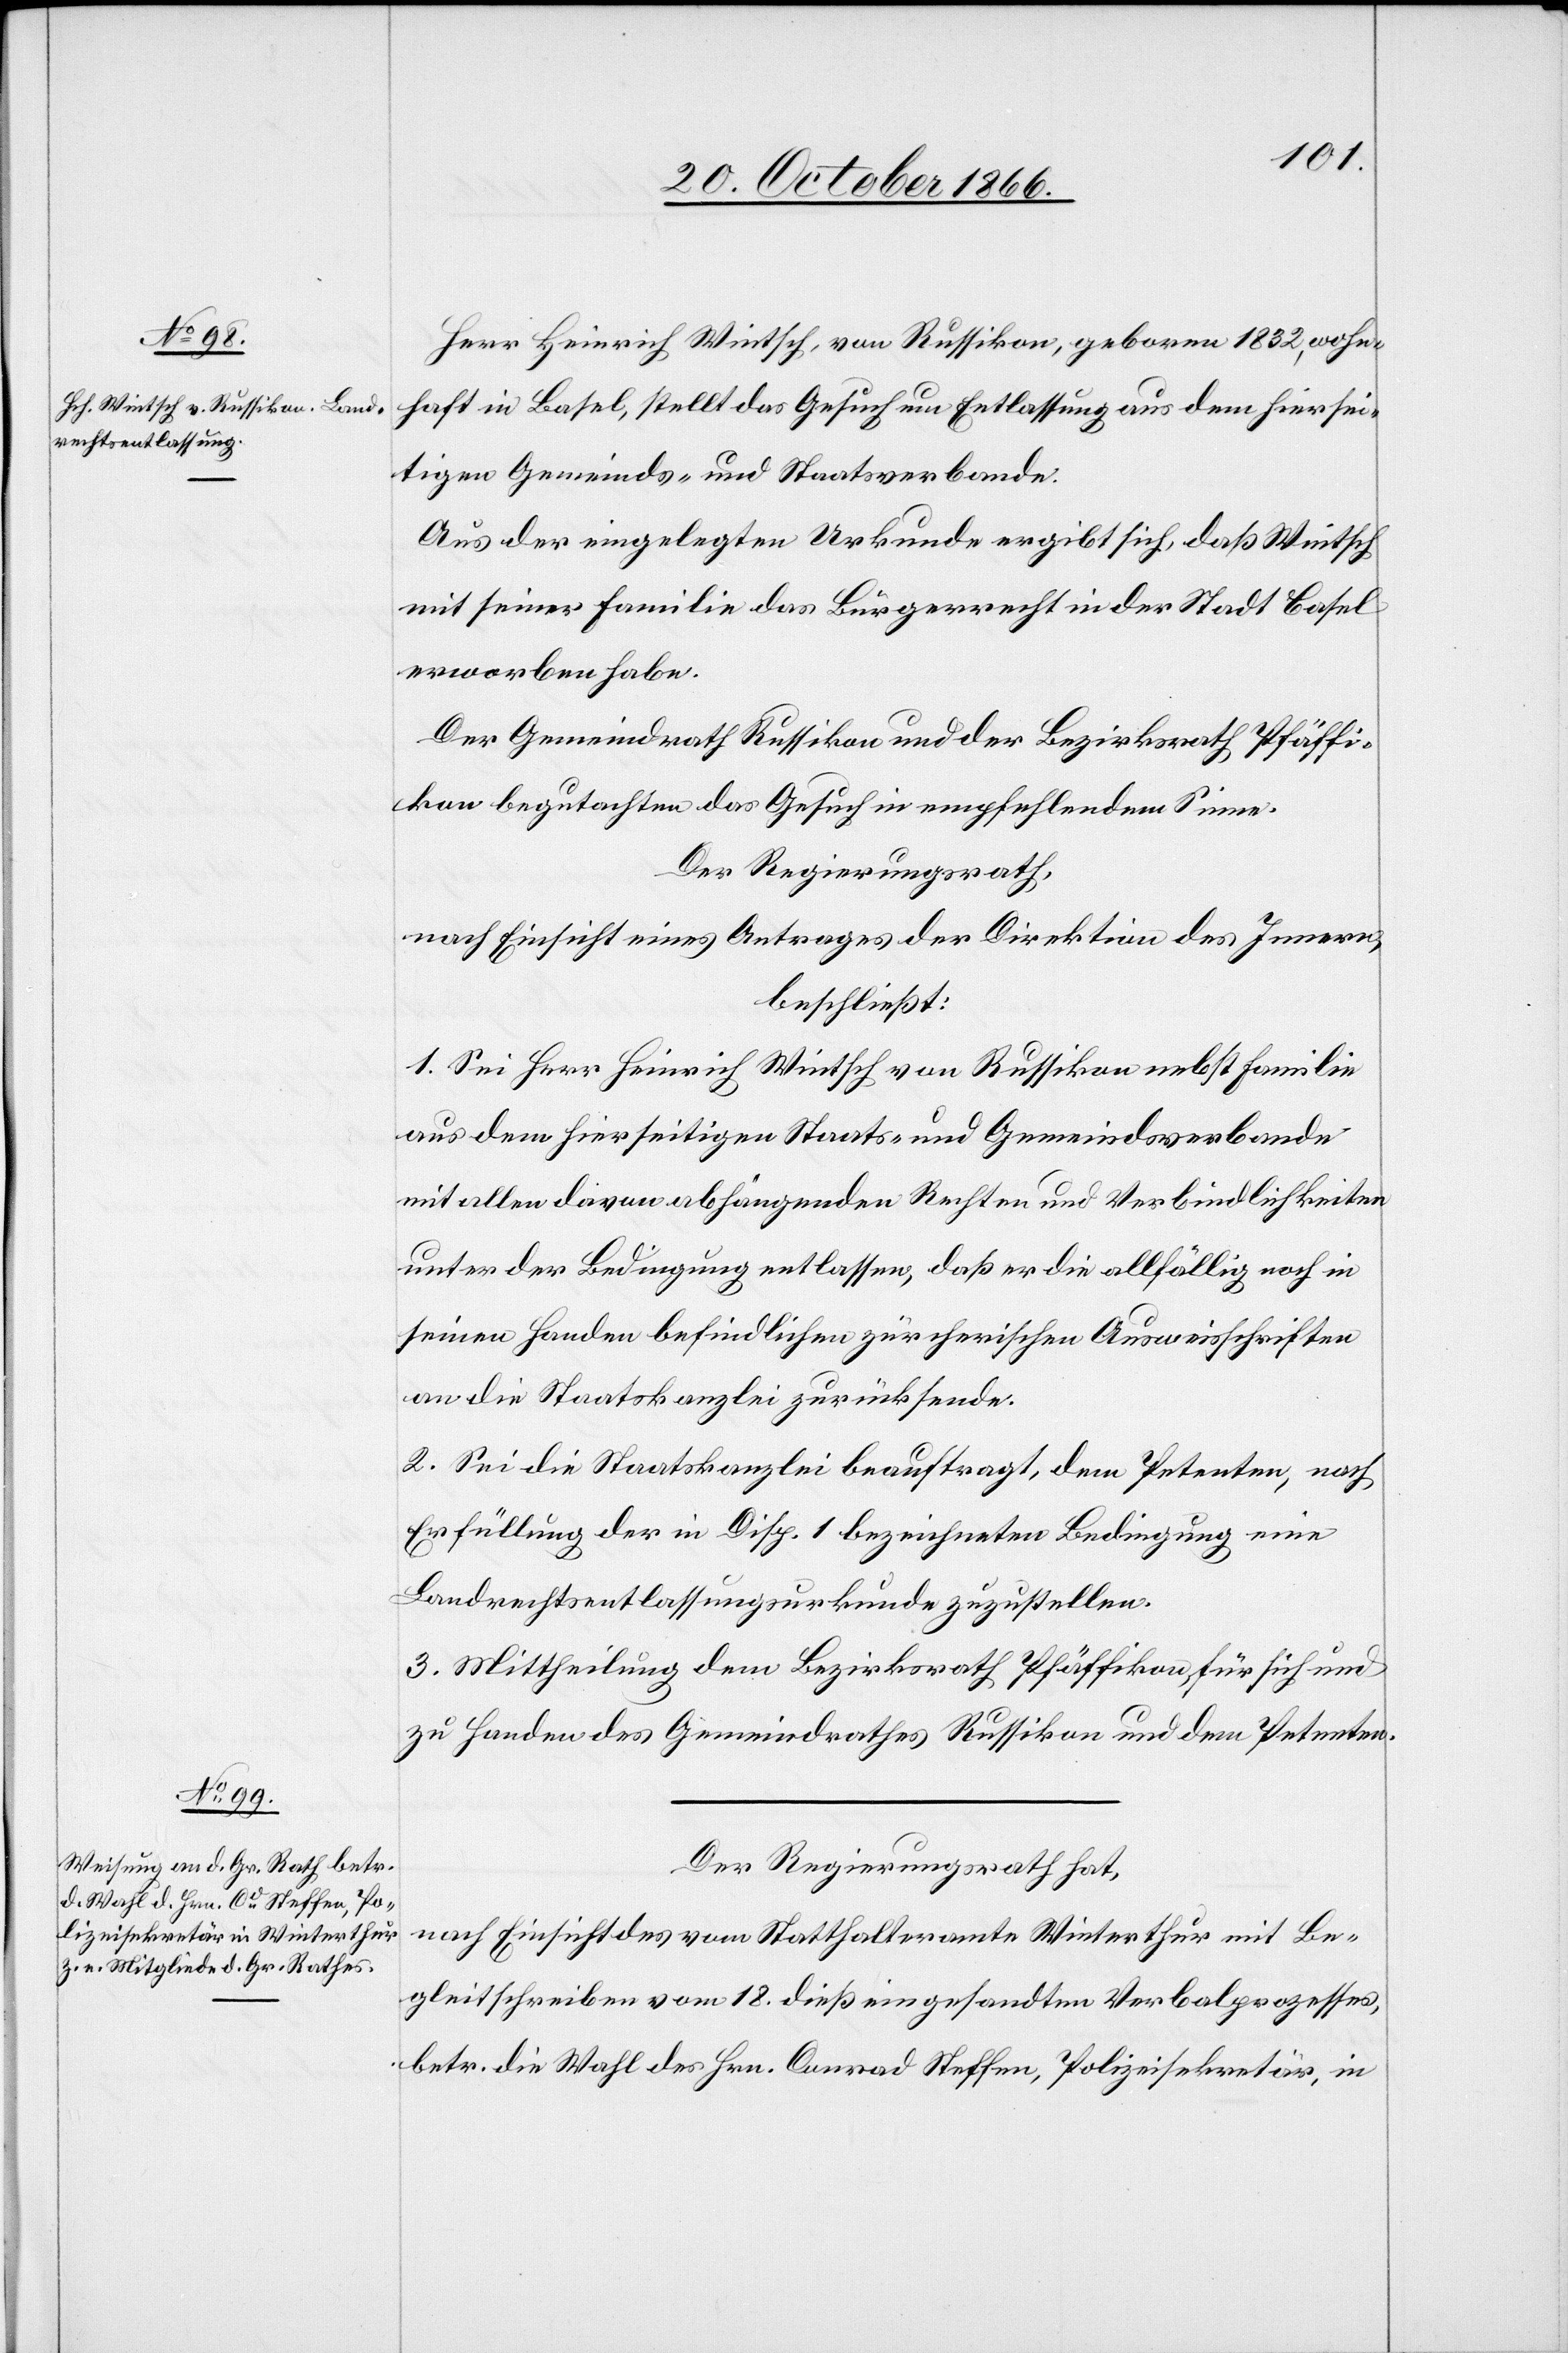
Herr Heinrich Wintsch, von Russikon, geboren 1832, wohn¬
haft in Basel, stellt das Gesuch um Entlassung aus dem hiersei¬
tigen Gemeinds- und Staatsverbande.
Aus der eingelegten Urkunde ergibt sich, daß Wintsch
mit seiner Familie das Bürgerrecht in der Stadt Basel
erworben habe.
Der Gemeindrath Russikon und der Bezirksrath Pfäffi¬
kon begutachten das Gesuch in empfehlendem Sinne.
Der Regierungsrath,
nach Einsicht eines Antrages der Direktion des Innern,
beschließt:
1. Sei Herr Heinrich Wintsch von Russikon nebst Familie
aus dem hierseitigen Staats- und Gemeindsverbande
mit allen davon abhängenden Rechten und Verbindlichkeiten
unter der Bedingung entlassen, daß er die allfällig noch in
seinen Handen befindlichen zürcherischen Ausweisschriften
an die Staatskanzlei zurücksende.
2. Sei die Staatskanzlei beauftragt, dem Petenten, nach
Erfüllung der in Disp. 1 bezeichneten Bedingung eine
Landrechtsentlassungsurkunde zuzustellen.
3. Mittheilung dem Bezirksrath Pfäffikon, für sich und
zu Handen des Gemeindrathes Russikon und dem Petenten.
Der Regierungsrath hat,
nach Einsicht des vom Statthalteramte Winterthur mit Be¬
gleitschreiben vom 18. dieß eingesandten Verbalprozesses,
betr. die Wahl des Hrn. Conrad Steffen, Polizeisekretär, in